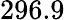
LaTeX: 296.9